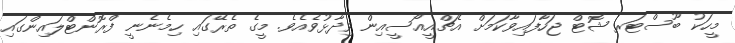
މީހަކު ބޫސްޓަރ ޝޮޓް ޖަހާފައިވާކަމަށް އެޗްއީއޯސީއިން ވިދާޅުވެއެވެ. މީގެ ތެރޭގައި ހިމެނެނީ ފްރޮންޓްލައިންގައި